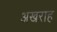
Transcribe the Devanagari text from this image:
अखराह